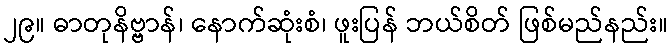
၂၉။ ဓာတုနိဗ္ဗာန်၊ နောက်ဆုံးစံ၊ ဖူးပြန် ဘယ်စိတ် ဖြစ်မည်နည်း။